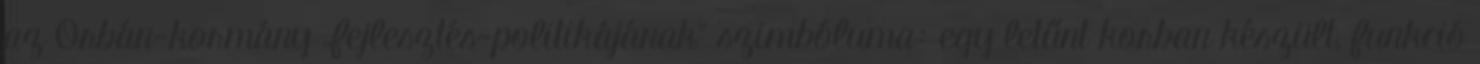
az Orbán-kormány „fejlesztés-politikájának” szimbóluma: egy letűnt korban készült, funkció